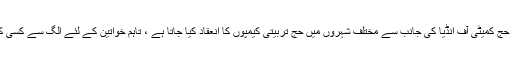
خیال رہے کہ سفر حج سے قبل حج کمیٹی آف انڈیا کی جانب سے مختلف شہروں میں حج تربیتی کیمپوں کا انعقاد کیا جاتا ہے ، تاہم خواتین کے لئے الگ سے کسی کیمپ کا اہتمام نہیں کیا جاتا ہے۔